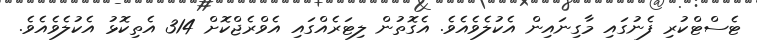
ޓެސްޓްކުރި ފެނުގައި މާގިނައިން އެކުލެވެއެވެ. އެގޮތުން ލިޓަރެއްގައި އެވްރެޖްކޮށް 314 އެތިކޮޅު އެކުލެވެއެވެ.